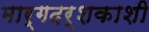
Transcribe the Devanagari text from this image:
मार्गदर्शकाशी